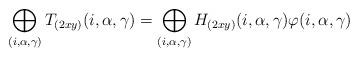
LaTeX: \begin{align*}\bigoplus_{(i,\alpha,\gamma)}T_{(2xy)}(i,\alpha,\gamma)=\bigoplus_{(i,\alpha,\gamma)}H_{(2xy)}(i,\alpha,\gamma)\varphi(i,\alpha,\gamma)\end{align*}